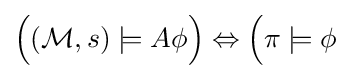
{\Big (}({\mathcal {M}},s)\models A\phi {\Big )}\Leftrightarrow {\Big (}\pi \models \phi